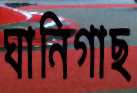
ঘানিগাছ